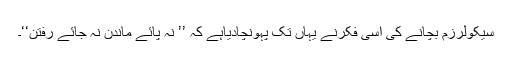
سیکولرزم بچانے کی اسی فکرنے یہاں تک پہونچادیاہے کہ ’’ نہ پائے ماندن نہ جائے رفتن‘‘۔